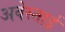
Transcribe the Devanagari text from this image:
अवेस्ताई